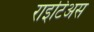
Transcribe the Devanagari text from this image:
राइटिअस